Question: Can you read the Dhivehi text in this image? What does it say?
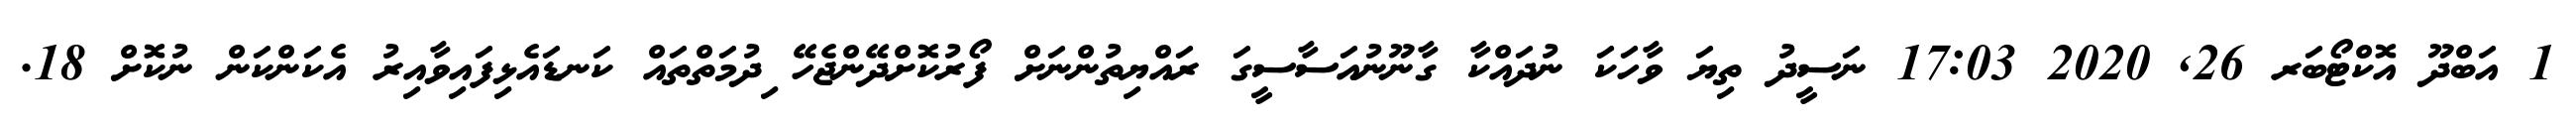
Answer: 1 އަބްދޫ އޮކްޓޯބަރ 26, 2020 17:03 ނަސީދު ތިޔަ ވާހަކަ ނުދައްކާ ގާނޫނުއަސާސީގަ ރައްޔިތުންނަށް ފޯރުކޮށްދޭންޖެހޭ ިދުމަތްތައް ކަނޑައެޅިފައިވާއިރު އެކަންކަން ނުކޮށް 18.